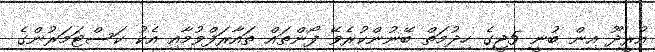
އުރީދޫ އިން ބުނީ 5ޖީގެ ހިދުމަތް ބޭނުންކުރެވޭ ފޯންތައް ތައާރަފްވުމާއި އެކު ކަސްޓަމަރުންގެ